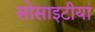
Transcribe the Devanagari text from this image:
सोसाइटीयां